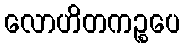
လောဟိတကဉ္စပေ